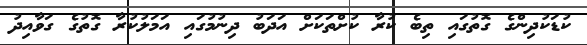
ކުޑަކުދިންގެ ގޮތުގައި ތިބެ ކުރާ ކުށްތަކަށް އަދަބު ދިނުމުގައި އަމަލުކުރާ ގޮތުގެ ގަވާއިދު